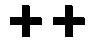
++